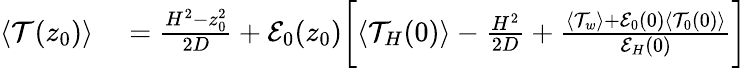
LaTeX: \begin{array}{rl}{\langle\mathcal{T}(z_{0})\rangle}&{{}=\frac{H^{2}-z_{0}^{2}}{2D}+\mathcal{E}_{0}(z_{0})\biggl[\langle\mathcal{T}_{H}(0)\rangle-\frac{H^{2}}{2D}+\frac{\langle\mathcal{T}_{w}\rangle+\mathcal{E}_{0}(0)\langle\mathcal{T}_{0}(0)\rangle}{\mathcal{E}_{H}(0)}\biggr]}\end{array}